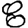
Digit: 8